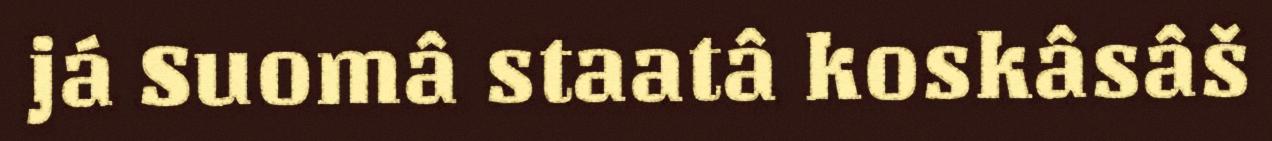
já Suomâ staatâ koskâsâš